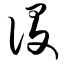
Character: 设